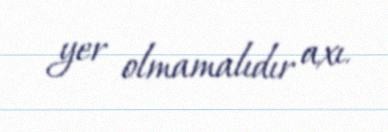
yer olmamalıdır axı.